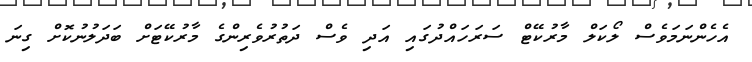
އެހެންނަމަވެސް ލޯކަލް މާރުކޭޓް ސަރަހައްދުގައި އަދި ވެސް ދަތުރުވެރިންގެ މާރުކޭޓަށް ބަދަލުނުކޮށް ގިނަ